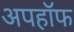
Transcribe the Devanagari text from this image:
अपहॉफ